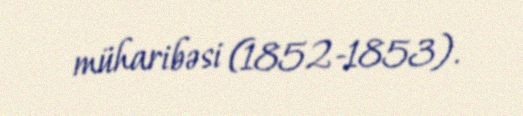
müharibəsi (1852-1853).